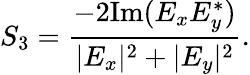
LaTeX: S_{3}=\frac{-2\textrm{Im}(E_{x}E_{y}^{*})}{\lvert E_{x}\rvert^{2}+\lvert E_{y}\rvert^{2}}.